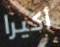
أكيرا